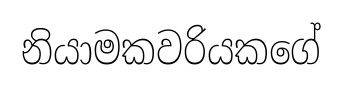
නියාමකවරියකගේ